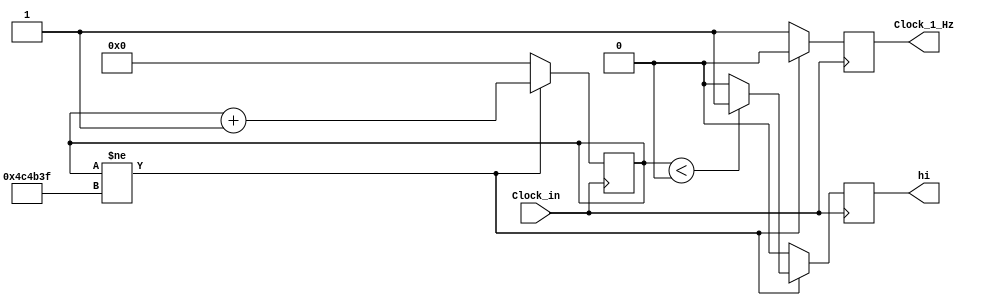
`timescale 1us/1ns

module HZ_1_Clock(output reg Clock_1_Hz, output reg hi, input Clock_in); //1 Hz clock for scrolling message every second
	reg [28:0] period_cnt = 0;
	//D is the duty cycle percentage
	reg D = 30;
	
	always @ (posedge Clock_in)
		if(period_cnt != 5_000_000 - 1)
			begin //
				period_cnt <= period_cnt + 1;
				Clock_1_Hz <= 0;
				if(period_cnt < ((D/100) * (5_000_000 - 1)))
					hi <= 1'b1;
				else
					hi <= 1'b0;				
			end
		else
			begin
				period_cnt <= 0;
				Clock_1_Hz <= 1;
				hi <= 1'b0;
			end
endmodule

module ClockBlinkLED (output led, input clk);
	integer cnt = 0;
	integer periodLength = 10_000_000;
	integer pulseLength = 2_000_000;
	
	always @ (posedge clk)
		begin
			if(cnt < periodLength)
				cnt <= cnt + 1;
			else
				cnt <= 0;
		end
	
	assign led = (cnt < pulseLength) ? 1:0;
endmodule